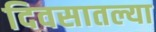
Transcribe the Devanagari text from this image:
दिवसातल्या